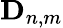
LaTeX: \mathbf{D}_{n,m}